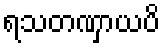
ရသတဏှာယပိ